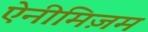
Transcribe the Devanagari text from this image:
ऐनीमिज़म